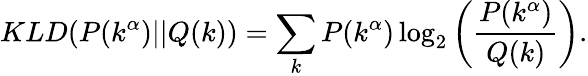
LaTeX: KLD(P(k^{\alpha})||Q(k))=\sum_{k}{P(k^{\alpha})\log_{2}\left(\frac{P(k^{\alpha})}{Q(k)}\right)}.